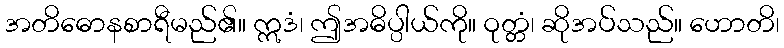
အတိဓောနစာရီမည်၏။ ဣဒံ၊ ဤအဓိပ္ပါယ်ကို။ ဝုတ္တံ၊ ဆိုအပ်သည်။ ဟောတိ၊